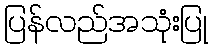
ပြန်လည်အသုံးပြု